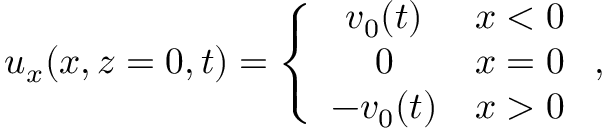
\begin{array} { r } { u _ { x } ( x , z = 0 , t ) = \left\{ \begin{array} { c c } { v _ { 0 } ( t ) } & { x < 0 } \\ { 0 } & { x = 0 } \\ { - v _ { 0 } ( t ) } & { x > 0 } \end{array} \right. , } \end{array}